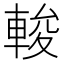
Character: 𨌘